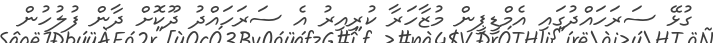
ގުޅޭ ސަރަހައްދުގައި އެމްޑީޕީން މުޒާހަރާ ކުރިއިރު އެ ސަރަހައްދު ދޫކޮށް ދާން ފުލުހުން